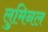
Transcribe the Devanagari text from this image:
लुमिनल